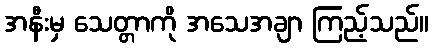
အနီးမှ သေတ္တာကို အသေအချာ ကြည့်သည်။